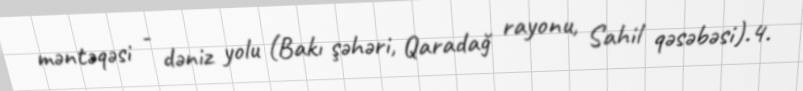
məntəqəsi - dəniz yolu (Bakı şəhəri, Qaradağ rayonu, Sahil qəsəbəsi).4.